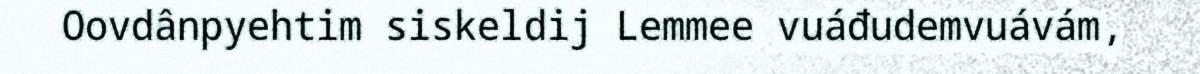
Oovdânpyehtim siskeldij Lemmee vuáđudemvuávám,